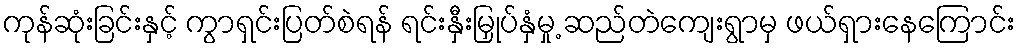
ကုန်ဆုံးခြင်းနှင့် ကွာရှင်းပြတ်စဲရန် ရင်းနှီးမြှုပ်နှံမှု့ ဆည်တဲကျေးရွာမှ ဖယ်ရှားနေကြောင်း